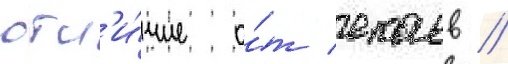
отл'и́чие о́т екаев /